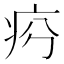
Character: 𤵏